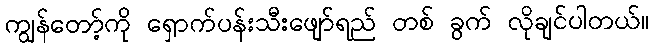
ကျွန်တော့်ကို ရှောက်ပန်းသီးဖျော်ရည် တစ် ခွက် လိုချင်ပါတယ်။